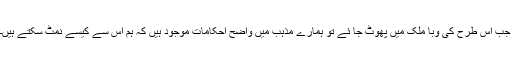
جب اس طرح کی وبا ملک میں پھوٹ جا ئے تو ہمارے مذہب میں واضح احکامات موجود ہیں کہ ہم اس سے کیسے نمٹ سکتے ہیں۔